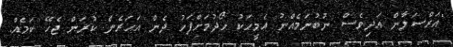
"އަރްސަލާން އަދިވެސް ނުބުނަމެއްނު އެމީހަކު ހޯދުމަށްފަހު ދެން އަހަރެން ކުރަން ޖެހޭ ކަމެއް.